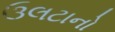
ઉલટાનો